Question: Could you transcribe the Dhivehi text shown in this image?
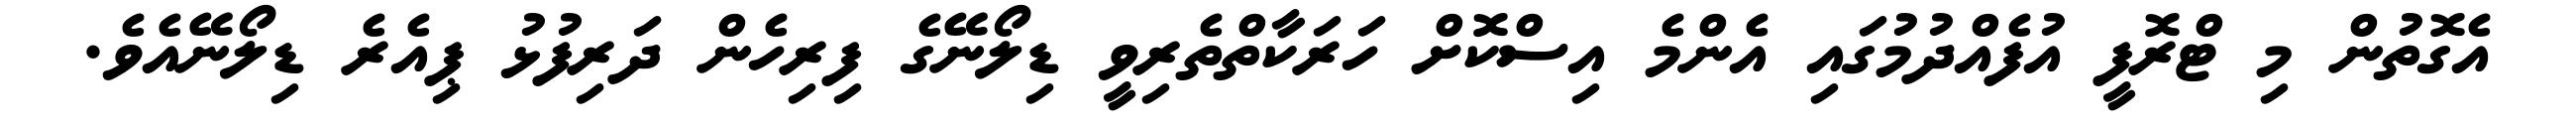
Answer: އެގޮތުން މި ޓްރޮފީ އުފެއްދުމުގައި އެންމެ އިސްކޮށް ހަރަކާތްތެރިވީ ޑިލޯނޭގެ ފިރިހެން ދަރިފުޅު ޕިއެރެ ޑިލޯނޭއެވެ.